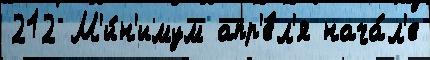
212 М'и́н'имум апр'е́л'я нача́л'е